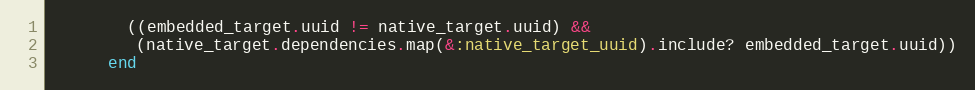
Language: Ruby
        ((embedded_target.uuid != native_target.uuid) &&
         (native_target.dependencies.map(&:native_target_uuid).include? embedded_target.uuid))
      end